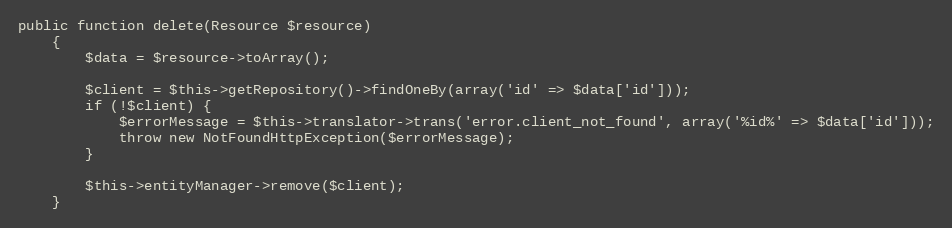
Language: PHP
public function delete(Resource $resource)
    {
        $data = $resource->toArray();

        $client = $this->getRepository()->findOneBy(array('id' => $data['id']));
        if (!$client) {
            $errorMessage = $this->translator->trans('error.client_not_found', array('%id%' => $data['id']));
            throw new NotFoundHttpException($errorMessage);
        }

        $this->entityManager->remove($client);
    }